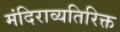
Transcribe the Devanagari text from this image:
मंदिराव्यतिरिक्त